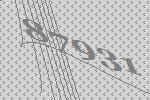
87931